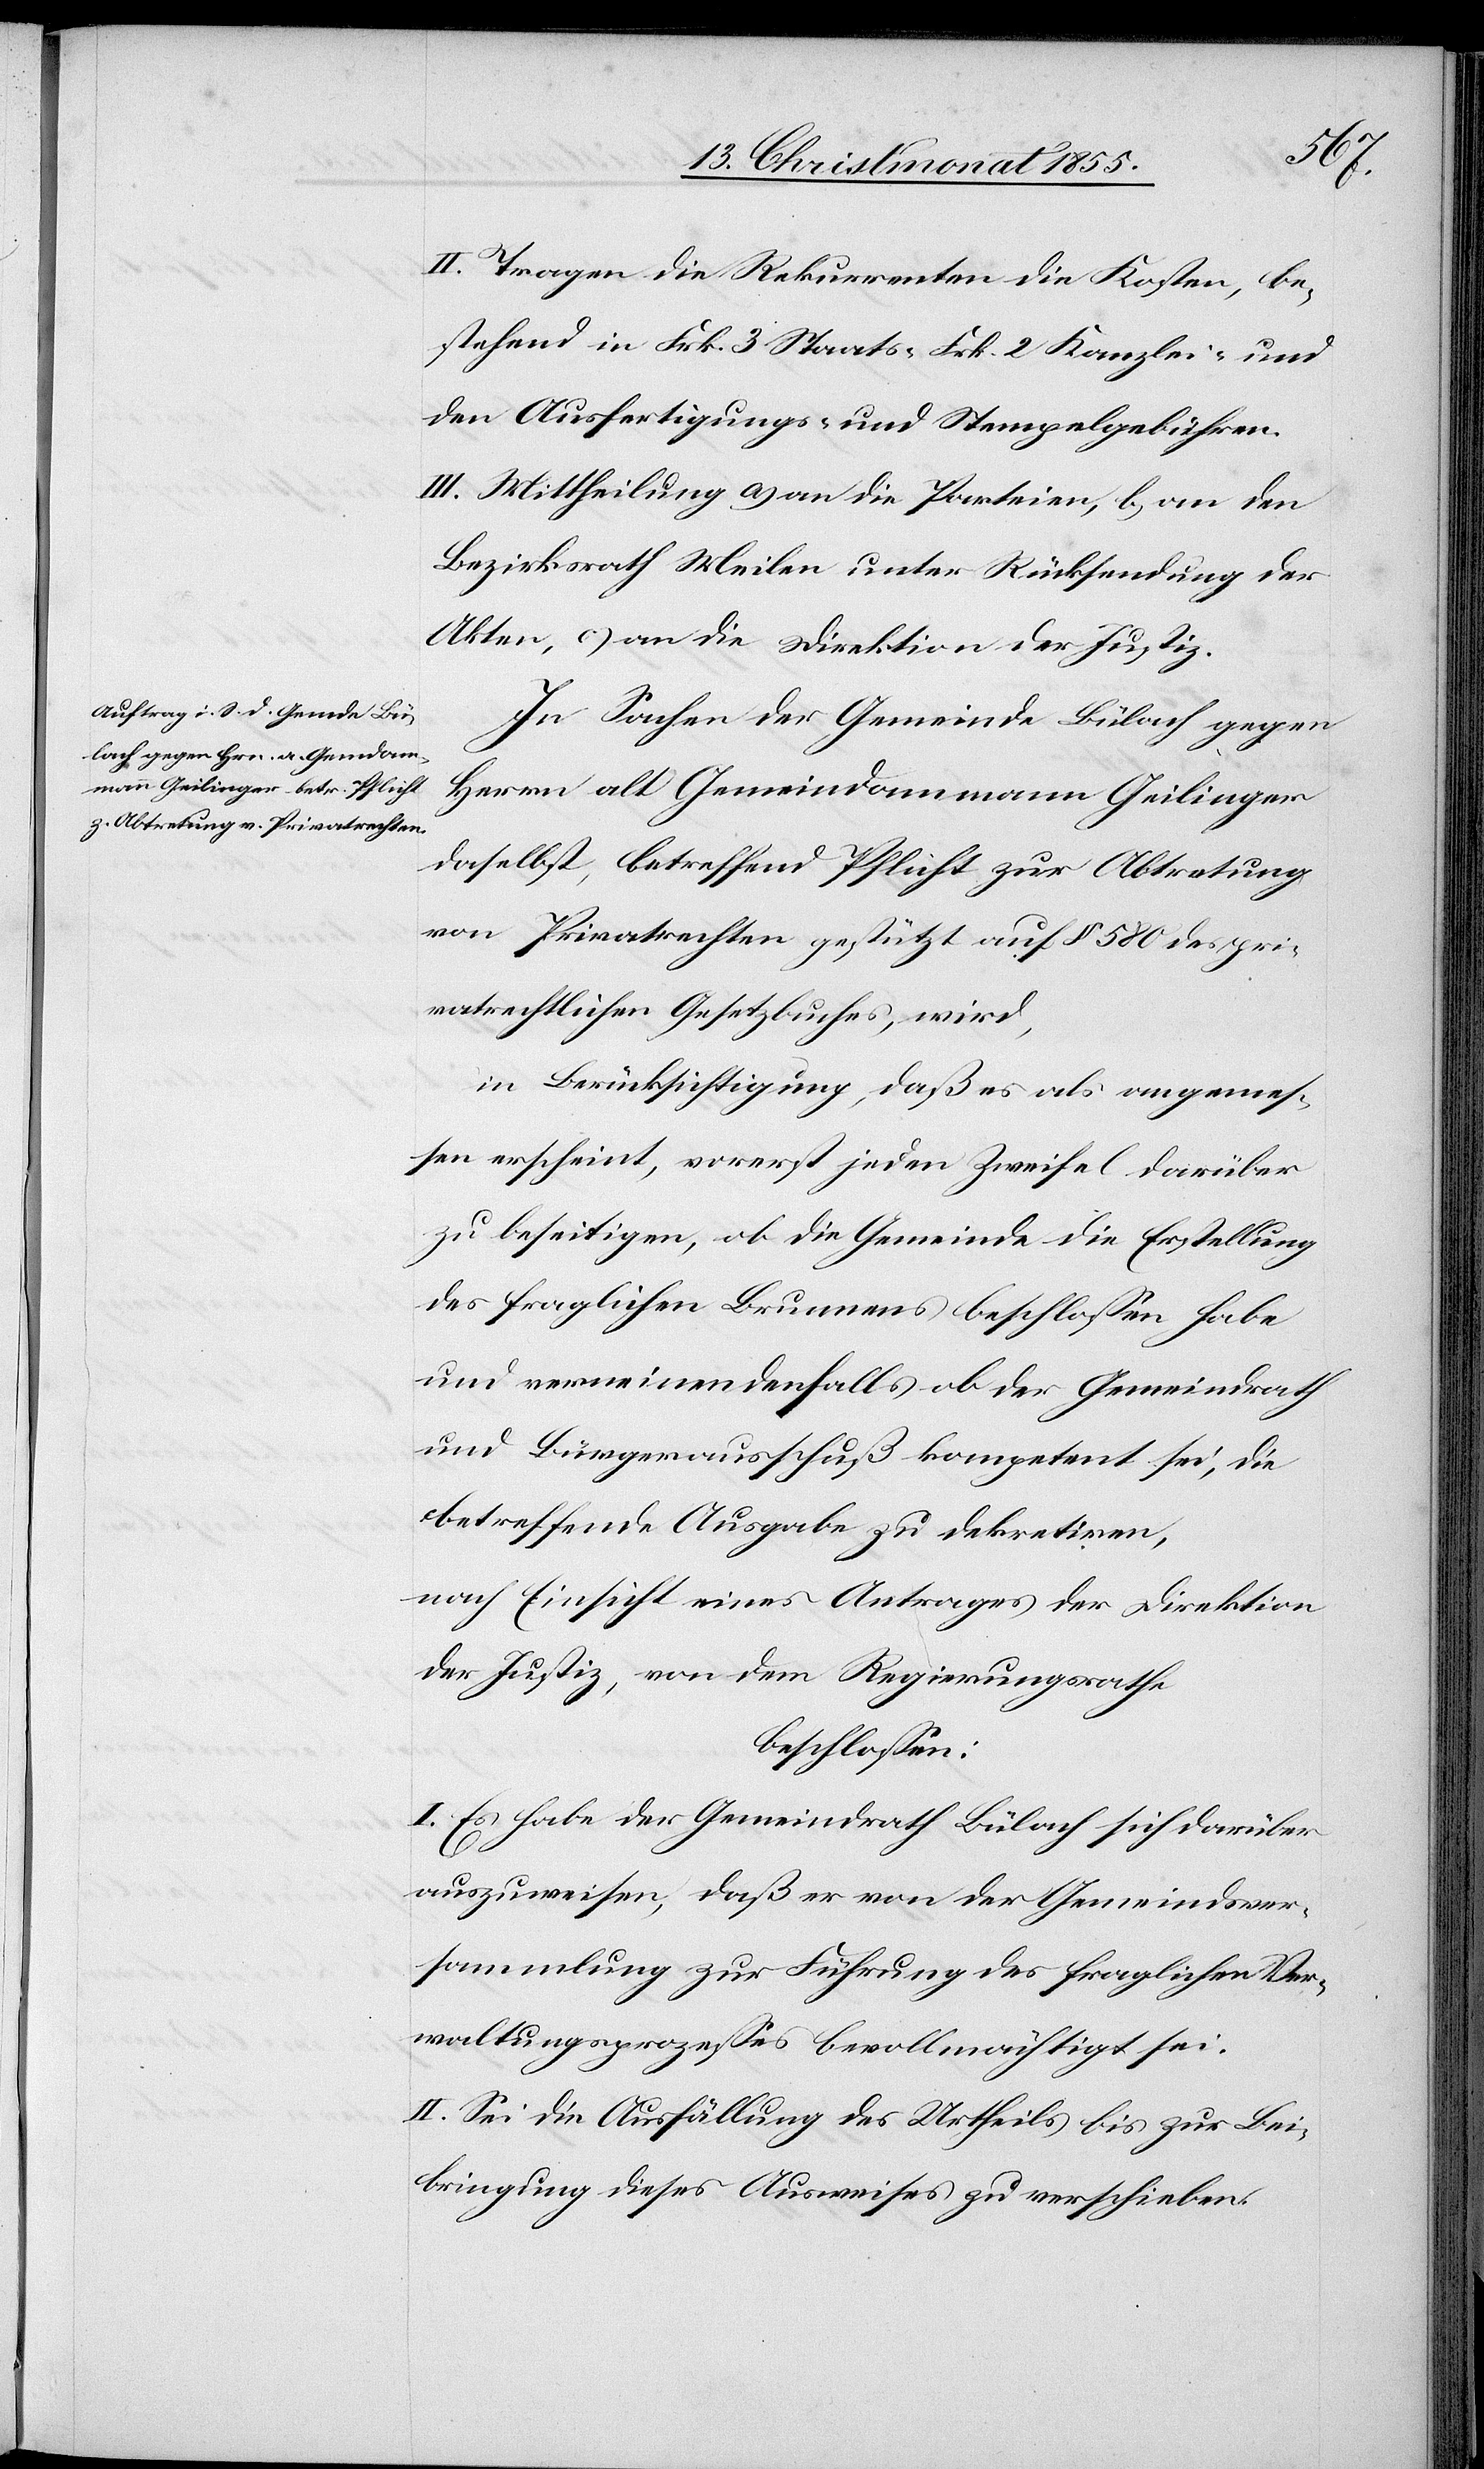
II. Tragen die Rekurrenten die Kosten, be¬
stehend in Frk. 3 Staats-[,] Frk. 2 Kanzlei- und
den Ausfertigungs- und Stempelgebühren.
III. Mittheilung a) an die Parteien, b) an den
Bezirksrath Meilen unter Rücksendung der
Akten, c) an die Direktion der Justiz.
In Sachen der Gemeinde Bülach gegen
Herrn alt Gemeindammann Geilinger
daselbst, betreffend Pflicht zur Abtretung
von Privatrechten gestützt auf § 580 des pri¬
vatrechtlichen Gesetzbuches, wird,
in Berücksichtigung, daß es als angemes¬
sen erscheint, vorerst jeden Zweifel darüber
zu beseitigen, ob die Gemeinde die Erstellung
des fraglichen Brunnens beschlossen habe
und verneinendenfalls ob der Gemeindrath
und Bürgerausschuß kompetent sei, die
betreffende Ausgabe zu dekretiren,
nach Einsicht eines Antrages der Direktion
der Justiz, von dem Regierungsrathe
beschlossen:
I. Es habe der Gemeindrath Bülach sich darüber
auszuweisen, daß er von der Gemeindsver¬
sammlung zur Führung des fraglichen Ver¬
waltungsprozesses bevollmächtigt sei.
II. Sei die Ausfällung des Urtheils bis zur Bei¬
bringung dieses Ausweises zu verschieben.